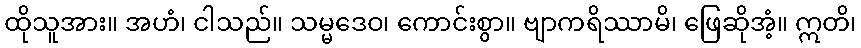
ထိုသူအား။ အဟံ၊ ငါသည်။ သမ္မဒေဝ၊ ကောင်းစွာ။ ဗျာကရိဿာမိ၊ ဖြေဆိုအံ့။ ဣတိ၊